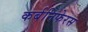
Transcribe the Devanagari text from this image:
कर्बनिफेरस